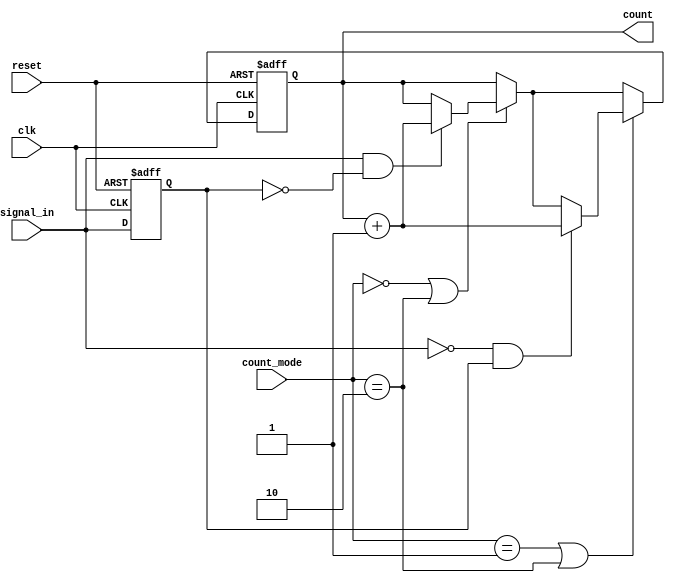
module edge_counter(
    input clk,                  // Clock signal
    input reset,                // Asynchronous active-high reset
    input signal_in,            // Input signal to detect edges
    input [1:0] count_mode,     // Control signal for counting mode
    output reg [31:0] count      // Count of detected edges
);
  
    // Internal register to hold the previous state of the input signal
    reg signal_in_prev;

    // Edge detection logic and counting process
    always @(posedge clk or posedge reset) begin
        if (reset) begin
            count <= 32'b0;          // Reset count to zero
            signal_in_prev <= 1'b0;  // Initialize previous state
        end else begin
            // Check for rising edge
            if ((count_mode == 2'b00) || (count_mode == 2'b10)) begin
                if (signal_in && !signal_in_prev) begin
                    count <= count + 1; // Increment on rising edge
                end
            end
            
            // Check for falling edge
            if ((count_mode == 2'b01) || (count_mode == 2'b10)) begin
                if (!signal_in && signal_in_prev) begin
                    count <= count + 1; // Increment on falling edge
                end
            end
            
            // Update previous state of the input signal
            signal_in_prev <= signal_in;
        end
    end
endmodule